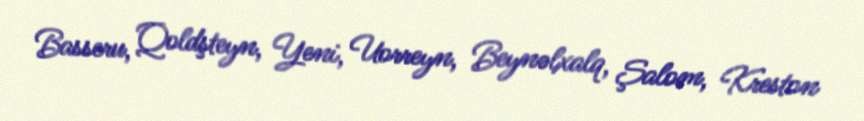
Basseru, Qoldşteyn, Yeni, Uorreyn, Beynəlxalq, Şalom, Kreston